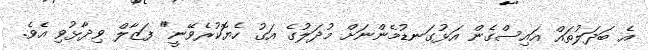
އެ ބަދަލުތައް އައިސްގެން އަޅުގަނޑުމެންނަށް މުދަލުގެ އަގު ހެޔޮކުރެވޭނީ" ފަޒާލް ވިދާޅުވި އެވެ.